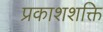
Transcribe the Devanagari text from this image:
प्रकाशशक्ति